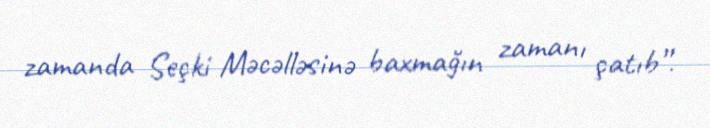
zamanda Seçki Məcəlləsinə baxmağın zamanı çatıb”.